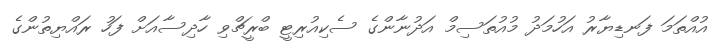
އުއްތަމަ ފަނޑިޔާރު އަހުމަދު މުއުތަސިމް އަދުނާންގެ ސެކިއުރިޓީ ބްރީޗްވި ހާދިސާއަށް ފަހު ރައްޔިތުންގެ